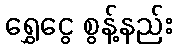
ရွှေငွေ စွန့်နည်း